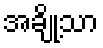
အချို့သာ